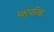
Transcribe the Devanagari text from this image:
पार्ंपरिक